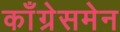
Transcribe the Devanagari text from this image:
काँग्रेसमेन